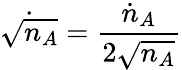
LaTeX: {\dot{\sqrt{n_{A}}}}={\frac{{\dot{n}}_{A}}{2{\sqrt{n_{A}}}}}